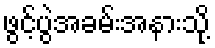
ဖွင့်ပွဲအခမ်းအနားသို့